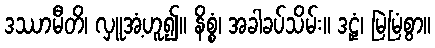
ဒဿာမီတိ၊ လှူအံ့ဟူ၍။ နိစ္စံ၊ အခါခပ်သိမ်း။ ဒဠှံ၊ မြဲမြံစွာ။